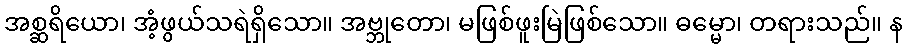
အစ္ဆရိယော၊ အံ့ဖွယ်သရဲရှိသော။ အဗ္ဘုတော၊ မဖြစ်ဖူးမြဲဖြစ်သော။ ဓမ္မော၊ တရားသည်။ န